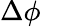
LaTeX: \Delta\phi\quad\;